Leningradi_Edasi_toimetus, lk 9
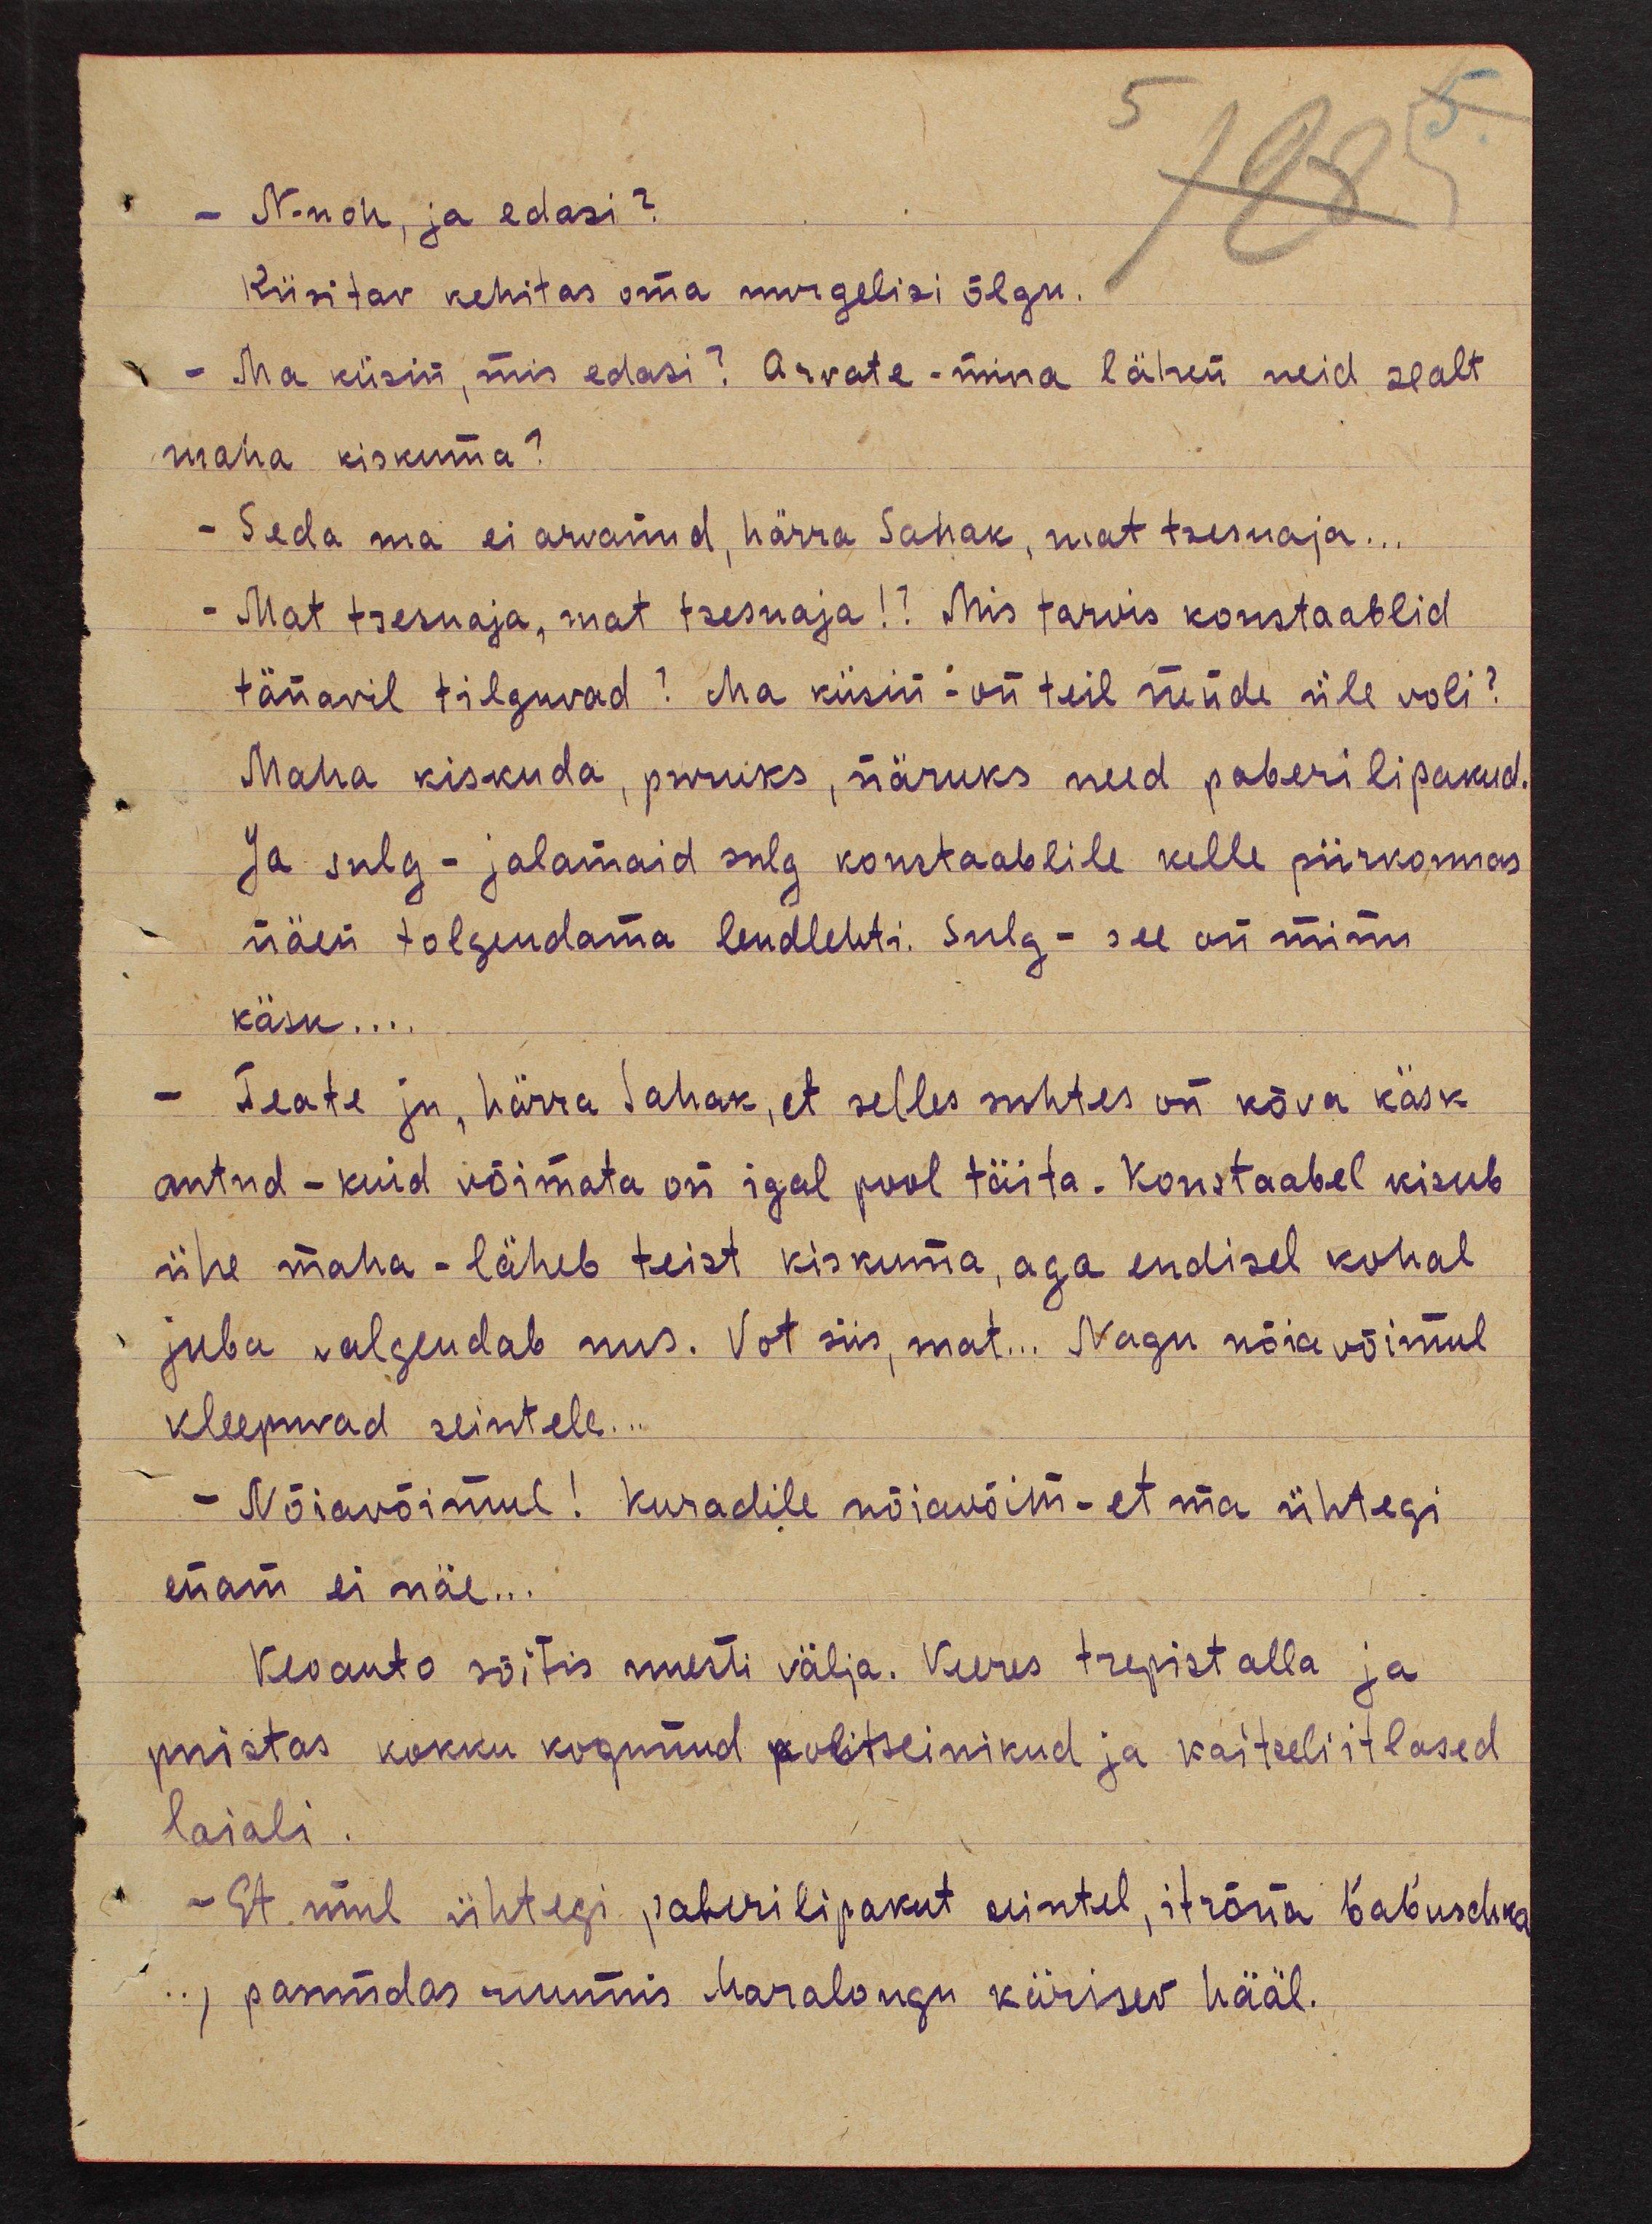
- N-noh, ja edasi?
Küsitav kehitas oma nurgelisi õlgu.
- Ma küsin, mis edasi? Arvate - mina lähen neid sealt
maha kiskuma?
- Seda ma ei arvanud, härra Sahak, mat tsesnaja...
- Mat tsesnaja, mat tsesnaja!? Mis tarvis konstaablid
tänavil tilguvad? Ma küsin - on teil nende üle voli?
Maha kiskuda, puruks, näruks need paberi lipakud.
Ja sulg - jalamaid sulg konstaablile kelle piirkonnas
näen tolgendama lendlehti. Sulg - see on minu
käsk...
Teate ju, härra Sahak, et selles suhtes on kõva käsk
antud - kuid võimata on igal pool täita. Konstaabel kisub
ühe maha - läheb teist kiskuma, aga endisel kohal
juba valgendab uus. Vot siis, mat... Nagu nõia võimul
kleepuvad seintele...
- Nõiavõimul! Kuradile nõiavõim - et ma ühtegi
enam ei näe...
Veoauto sõitis uuesti välja. Veeres trepist alla ja
puistas kokku kogunud politseinikud ja kaitseliitlased
laiali.
- Et mul ühtegi paberilipakut seintel, itrona b'ab'uschka
, pasundas ruumis Maralongi kärisev hääl.